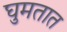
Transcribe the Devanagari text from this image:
घुमतात